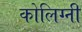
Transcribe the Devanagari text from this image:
कोलिग्नी